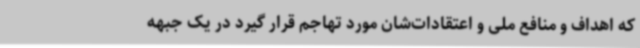
که اهداف و منافع ملی و اعتقادات‌شان مورد تهاجم قرار گیرد در یک جبهه